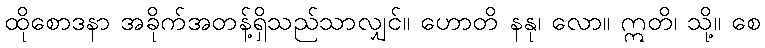
ထိုစောဒနာ အခိုက်အတန့်ရှိသည်သာလျှင်။ ဟောတိ နနု၊ လော။ ဣတိ၊ သို့။ စေ